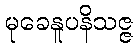
မုခေနူပနိသဇ္ဇ